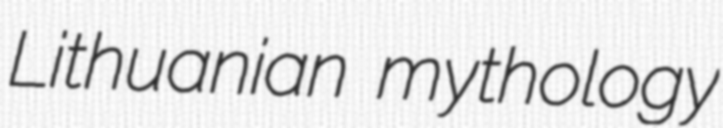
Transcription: Lithuanian mythology